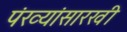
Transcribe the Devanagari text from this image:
पंख्यांसारखी